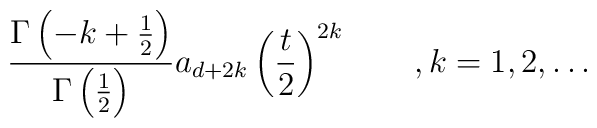
\frac{\Gamma \left( -k+\frac 12\right) }{\Gamma \left(\frac12\right) }a_{d+2k}\left( \frac t2\right) ^{2k}\qquad ,k=1,2,\ldots